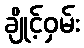
ချိုင့်ဝှမ်း